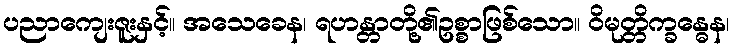
ပညာကျေးဇူးနှင့်။ အသေခေန၊ ရဟန္တာတို့၏ဥစ္စာဖြစ်သော။ ဝိမုတ္တိက္ခန္ဓေန၊